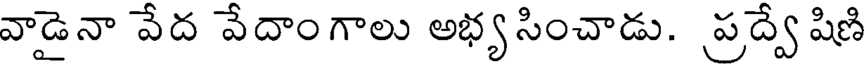
వాడైనా వేద వేదాంగాలు అభ్యసించాడు. ప్రద్వే షిణి